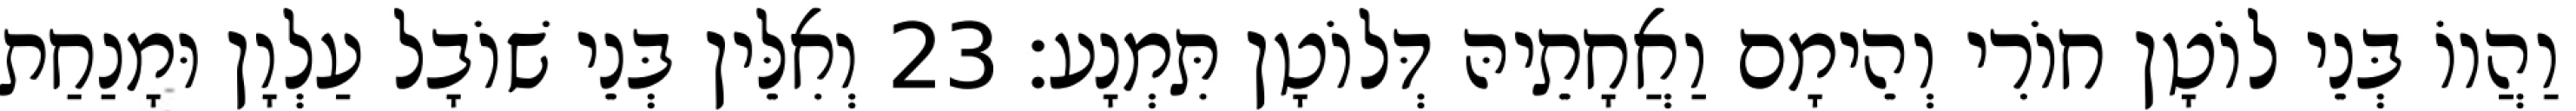
וַהֲווֹ בְּנֵי לוֹטָן חוֹרִי וְהֵימָם וַאֲחָתֵיהּ דְּלוֹטָן תִּמְנָע׃ 23 וְאִלֵּין בְּנֵי שׁוֹבָל עַלְוָן וּמָנַחַת